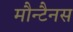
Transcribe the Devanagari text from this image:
मौन्टैनस